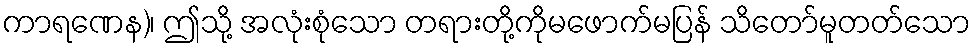
ကာရဏေန)၊ ဤသို့ အလုံးစုံသော တရားတို့ကိုမဖောက်မပြန် သိတော်မူတတ်သော